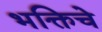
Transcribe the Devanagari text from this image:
भक्तिचे